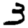
Digit: 3